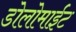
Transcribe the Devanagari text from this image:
डोलोमाईट